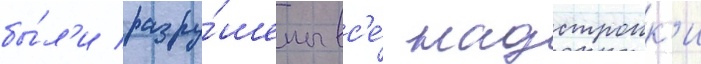
бы́л'и разру́шены вс'е́ надстроик'и